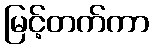
မြင့်တက်ကာ